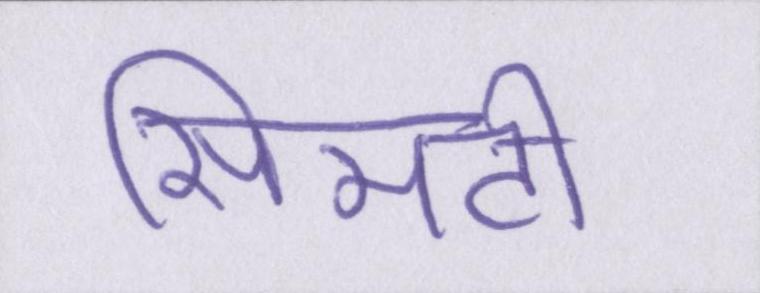
सिमटी